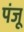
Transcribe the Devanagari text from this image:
पंजू